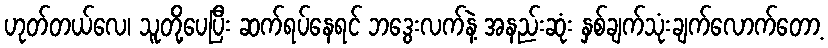
ဟုတ်တယ်လေ၊ သူတို့ပေပြီး ဆက်ရပ်နေရင် ဘဒွေးလက်နဲ့ အနည်းဆုံး နှစ်ချက်သုံးချက်လောက်တော့